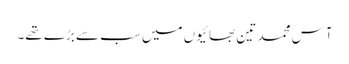
آس محمد تین بھائیوں میں سب سے بڑے تھے۔